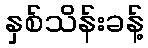
နှစ်သိန်းခန့်